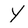
Character: Y